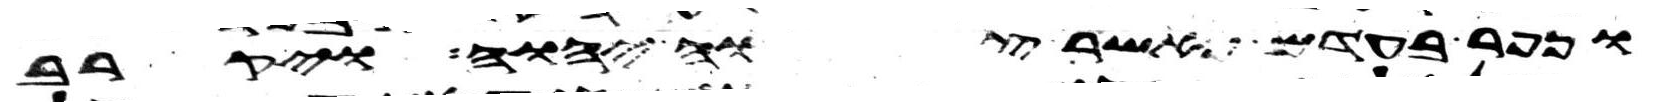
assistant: וכפר בעדם כאשר צוה יהוה ויקרב